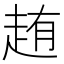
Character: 䞥